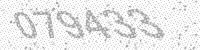
Solution: 079433